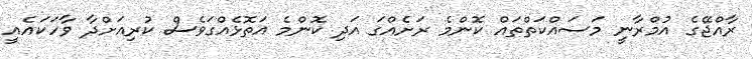
ރާއްޖޭގެ އުމްރާނީ މަސައްކަތްތައް ކޮންމެ ރަށެއްގަ އަދި ކޮންމެ އަތޮޅެއްގަވެސް ކުރިއަށްދާ ވާހަކައެއީ